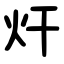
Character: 㶥